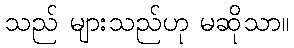
သည် များသည်ဟု မဆိုသာ။